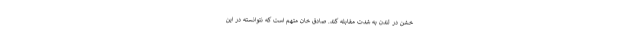
خشن در لندن به شدت مقابله کند. صادق خان متهم است که نتوانسته در این